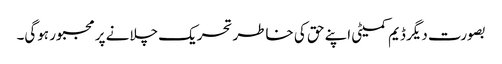
بصورت دیگر ڈیم کمیٹی اپنے حق کی خاطر تحریک چلانے پر مجبور ہوگی۔